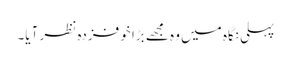
پہلی نگاہ میں وہ مجھے بڑا خوفزدہ نظر آیا۔